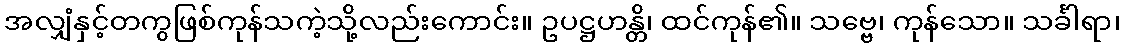
အလျှံနှင့်တကွဖြစ်ကုန်သကဲ့သို့လည်းကောင်း။ ဥပဋ္ဌဟန္တိ၊ ထင်ကုန်၏။ သဗ္ဗေ၊ ကုန်သော။ သင်္ခါရာ၊